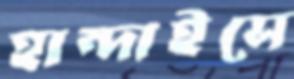
হান্দাইসে